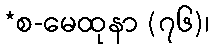
*စ-မေထုနာ (၇၆)၊